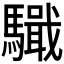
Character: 𩦤